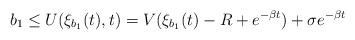
LaTeX: \begin{align*}b_1\leq U(\xi_{b_1}(t),t)=V(\xi_{b_1}(t)-R+ e^{-\beta t})+\sigma e^{-\beta t}\end{align*}